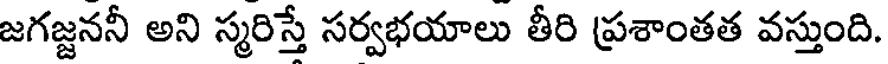
జగజ్జననీ అని స్మరిస్తే సర్వభయాలు తీరి ప్రశాంతత వస్తుంది.